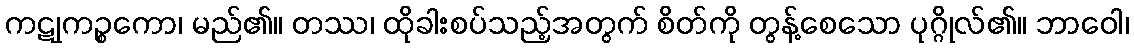
ကဋုကဉ္စကော၊ မည်၏။ တဿ၊ ထိုခါးစပ်သည့်အတွက် စိတ်ကို တွန့်စေသော ပုဂ္ဂိုလ်၏။ ဘာဝေါ၊